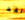
لقد